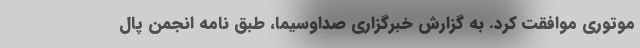
موتوری موافقت کرد. به گزارش خبرگزاری صداوسیما، طبق نامه انجمن پال